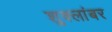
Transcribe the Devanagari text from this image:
शुक्लांबर